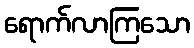
ရောက်လာကြသော